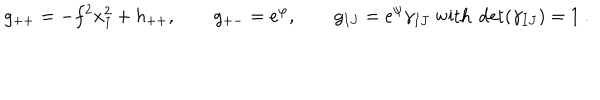
g _ { + + } = - f ^ { 2 } x _ { I } ^ { 2 } + h _ { + + } , \qquad g _ { + - } = e ^ { \varphi } , \qquad g _ { I J } = e ^ { \psi } \gamma _ { I J } ~ \mathrm { w i t h } ~ \det ( \gamma _ { I J } ) = 1 ~ .